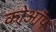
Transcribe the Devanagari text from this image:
कोऑप